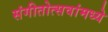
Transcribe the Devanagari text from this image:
संगीतोत्सवांमध्ये